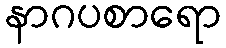
နာဂပစာရော